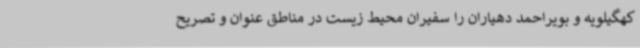
کهگیلویه و بویراحمد دهیاران را سفیران محیط زیست در مناطق عنوان و تصریح